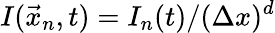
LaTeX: I(\vec{x}_{n},t)=I_{n}(t)/(\Delta x)^{d}